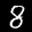
Label: 8